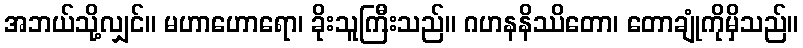
အဘယ်သို့လျှင်။ မဟာဟောရော၊ ခိုးသူကြီးသည်။ ဂဟနနိဿိတော၊ တောချုံကိုမှိသည်။